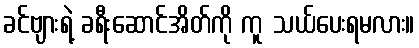
ခင်ဗျားရဲ့ ခရီးဆောင်အိတ်ကို ကူ သယ်ပေးရမလား။